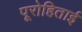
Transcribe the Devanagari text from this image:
पूरोहिताई